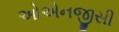
ઓએનજીસી